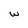
Character: w